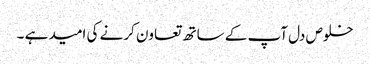
خلوص دل آپ کے ساتھ تعاون کرنے کی امید ہے ۔